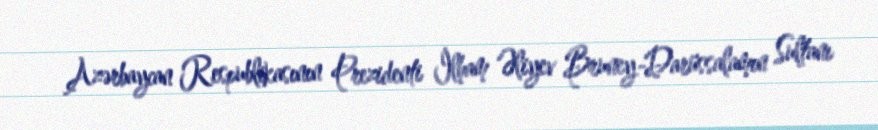
Azərbaycan Respublikasının Prezidenti İlham Əliyev Bruney-Darüssalamın Sultanı